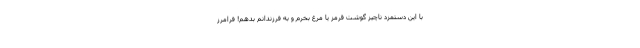
با این دستمزد ناچیز گوشت قرمز یا مرغ بخرم و به فرزندانم بدهم! فرامرز